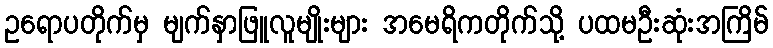
ဥရောပတိုက်မှ မျက်နှာဖြူလူမျိုးများ အမေရိကတိုက်သို့ ပထမဦးဆုံးအကြိမ်